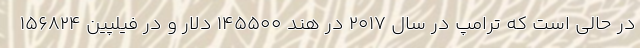
در حالی است که ترامپ در سال 2017 در هند 145500 دلار و در فیلپین 156824